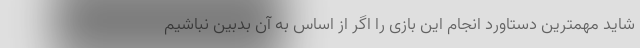
شاید مهمترین دستاورد انجام این بازی را اگر از اساس به آن بدبین نباشیم